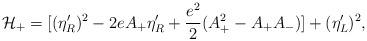
LaTeX: \begin{align*}{\cal H}_+=[(\eta _R')^2-2eA_+\eta _R'+{{e^2}\over 2}(A_+^2-A_+A_-)]+(\eta _L')^2,\end{align*}